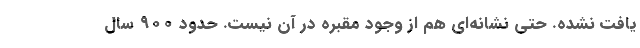
یافت نشده. حتی نشانه‌ای هم از وجود مقبره در آن نیست. حدود ۹۰۰ سال